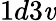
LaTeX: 1d3\mathit{v}